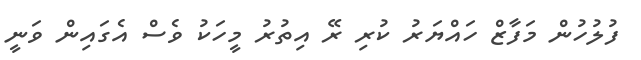
ފުލުހުން މަފާޒް ހައްޔަރު ކުރި ރޭ އިތުރު މީހަކު ވެސް އެގައިން ވަނީ